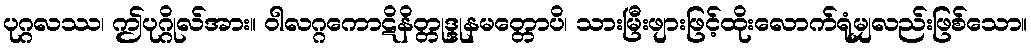
ပုဂ္ဂလဿ၊ ဤပုဂ္ဂိုလ်အား။ ဝါလဂ္ဂကောဋိနိတ္တုဒ္ဒုနမတ္တောပိ၊ သားမြီးဖျားဖြင့်ထိုးလောက်ရုံမျှလည်းဖြစ်သော။